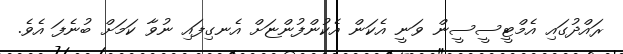
ރައްދުގައި އެމްޓީސީސީން ވަނީ އެކަން އެކުންފުންޏަށް އެނގިފައި ނުވާ ކަމަށް ބުނެފަ އެވެ.